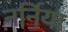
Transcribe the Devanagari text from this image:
नर्निया